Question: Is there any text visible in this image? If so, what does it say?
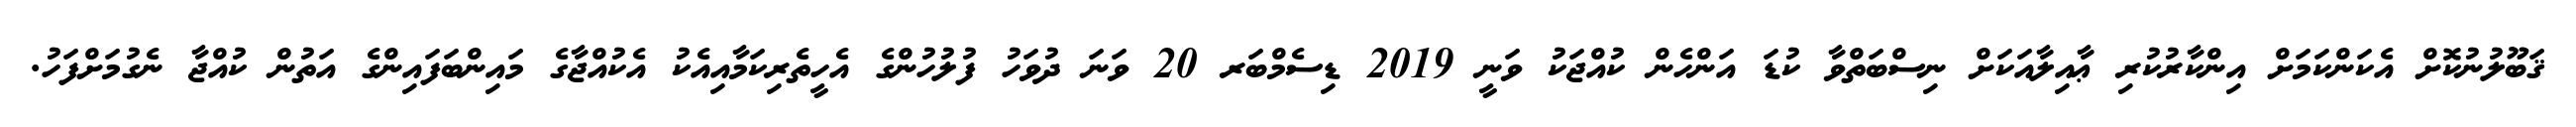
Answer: ޤަބޫލުނުކޮށް އެކަންކަމަށް އިންކާރުކުރި ޢާއިލާއަކަށް ނިސްބަތްވާ ކުޑަ އަންހެން ކުއްޖަކު ވަނީ 2019 ޑިސެމްބަރ 20 ވަނަ ދުވަހު ފުލުހުންގެ އެހީތެރިކަމާއިއެކު އެކުއްޖާގެ މައިންބަފައިންގެ އަތުން ކުއްޖާ ނެގުމަށްފަހު.